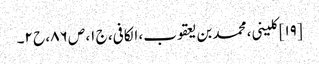
[۱۹] کلینی، محمد بن یعقوب، الکافی، ج ۱، ص ۸۶، ح ۲۔